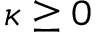
\kappa \ge 0